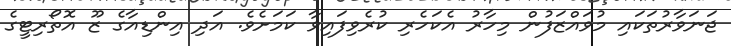
ޖަނަވާރުތަކައި މުވައްޒަފުން މިހާރު އެކަހެރި ކުރެވިފައިވާ ކަމަށެވެ. އަދި އިންޑިއާގެ ޒޫ އޮތޯރިޓީގެ